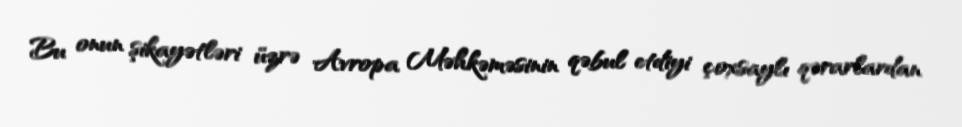
Bu onun şikayətləri üzrə Avropa Məhkəməsinin qəbul etdiyi çoxsaylı qərarlardan